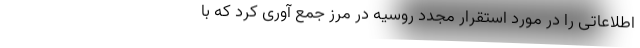
اطلاعاتی را در مورد استقرار مجدد روسیه در مرز جمع آوری کرد که با